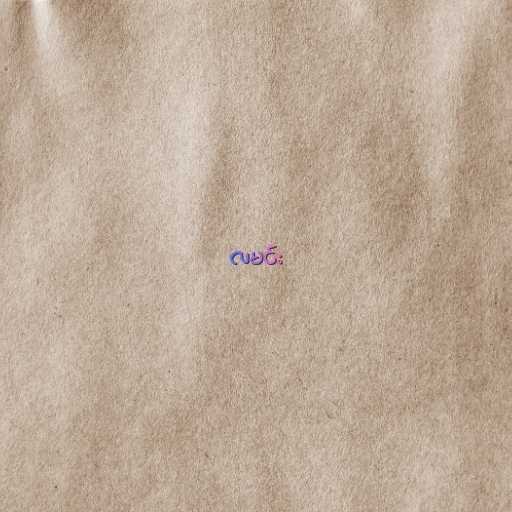
လမင်း